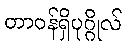
တာဝန်ရှိပုဂ္ဂိုလ်